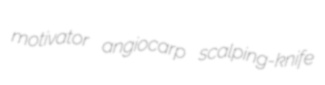
motivator angiocarp scalping-knife